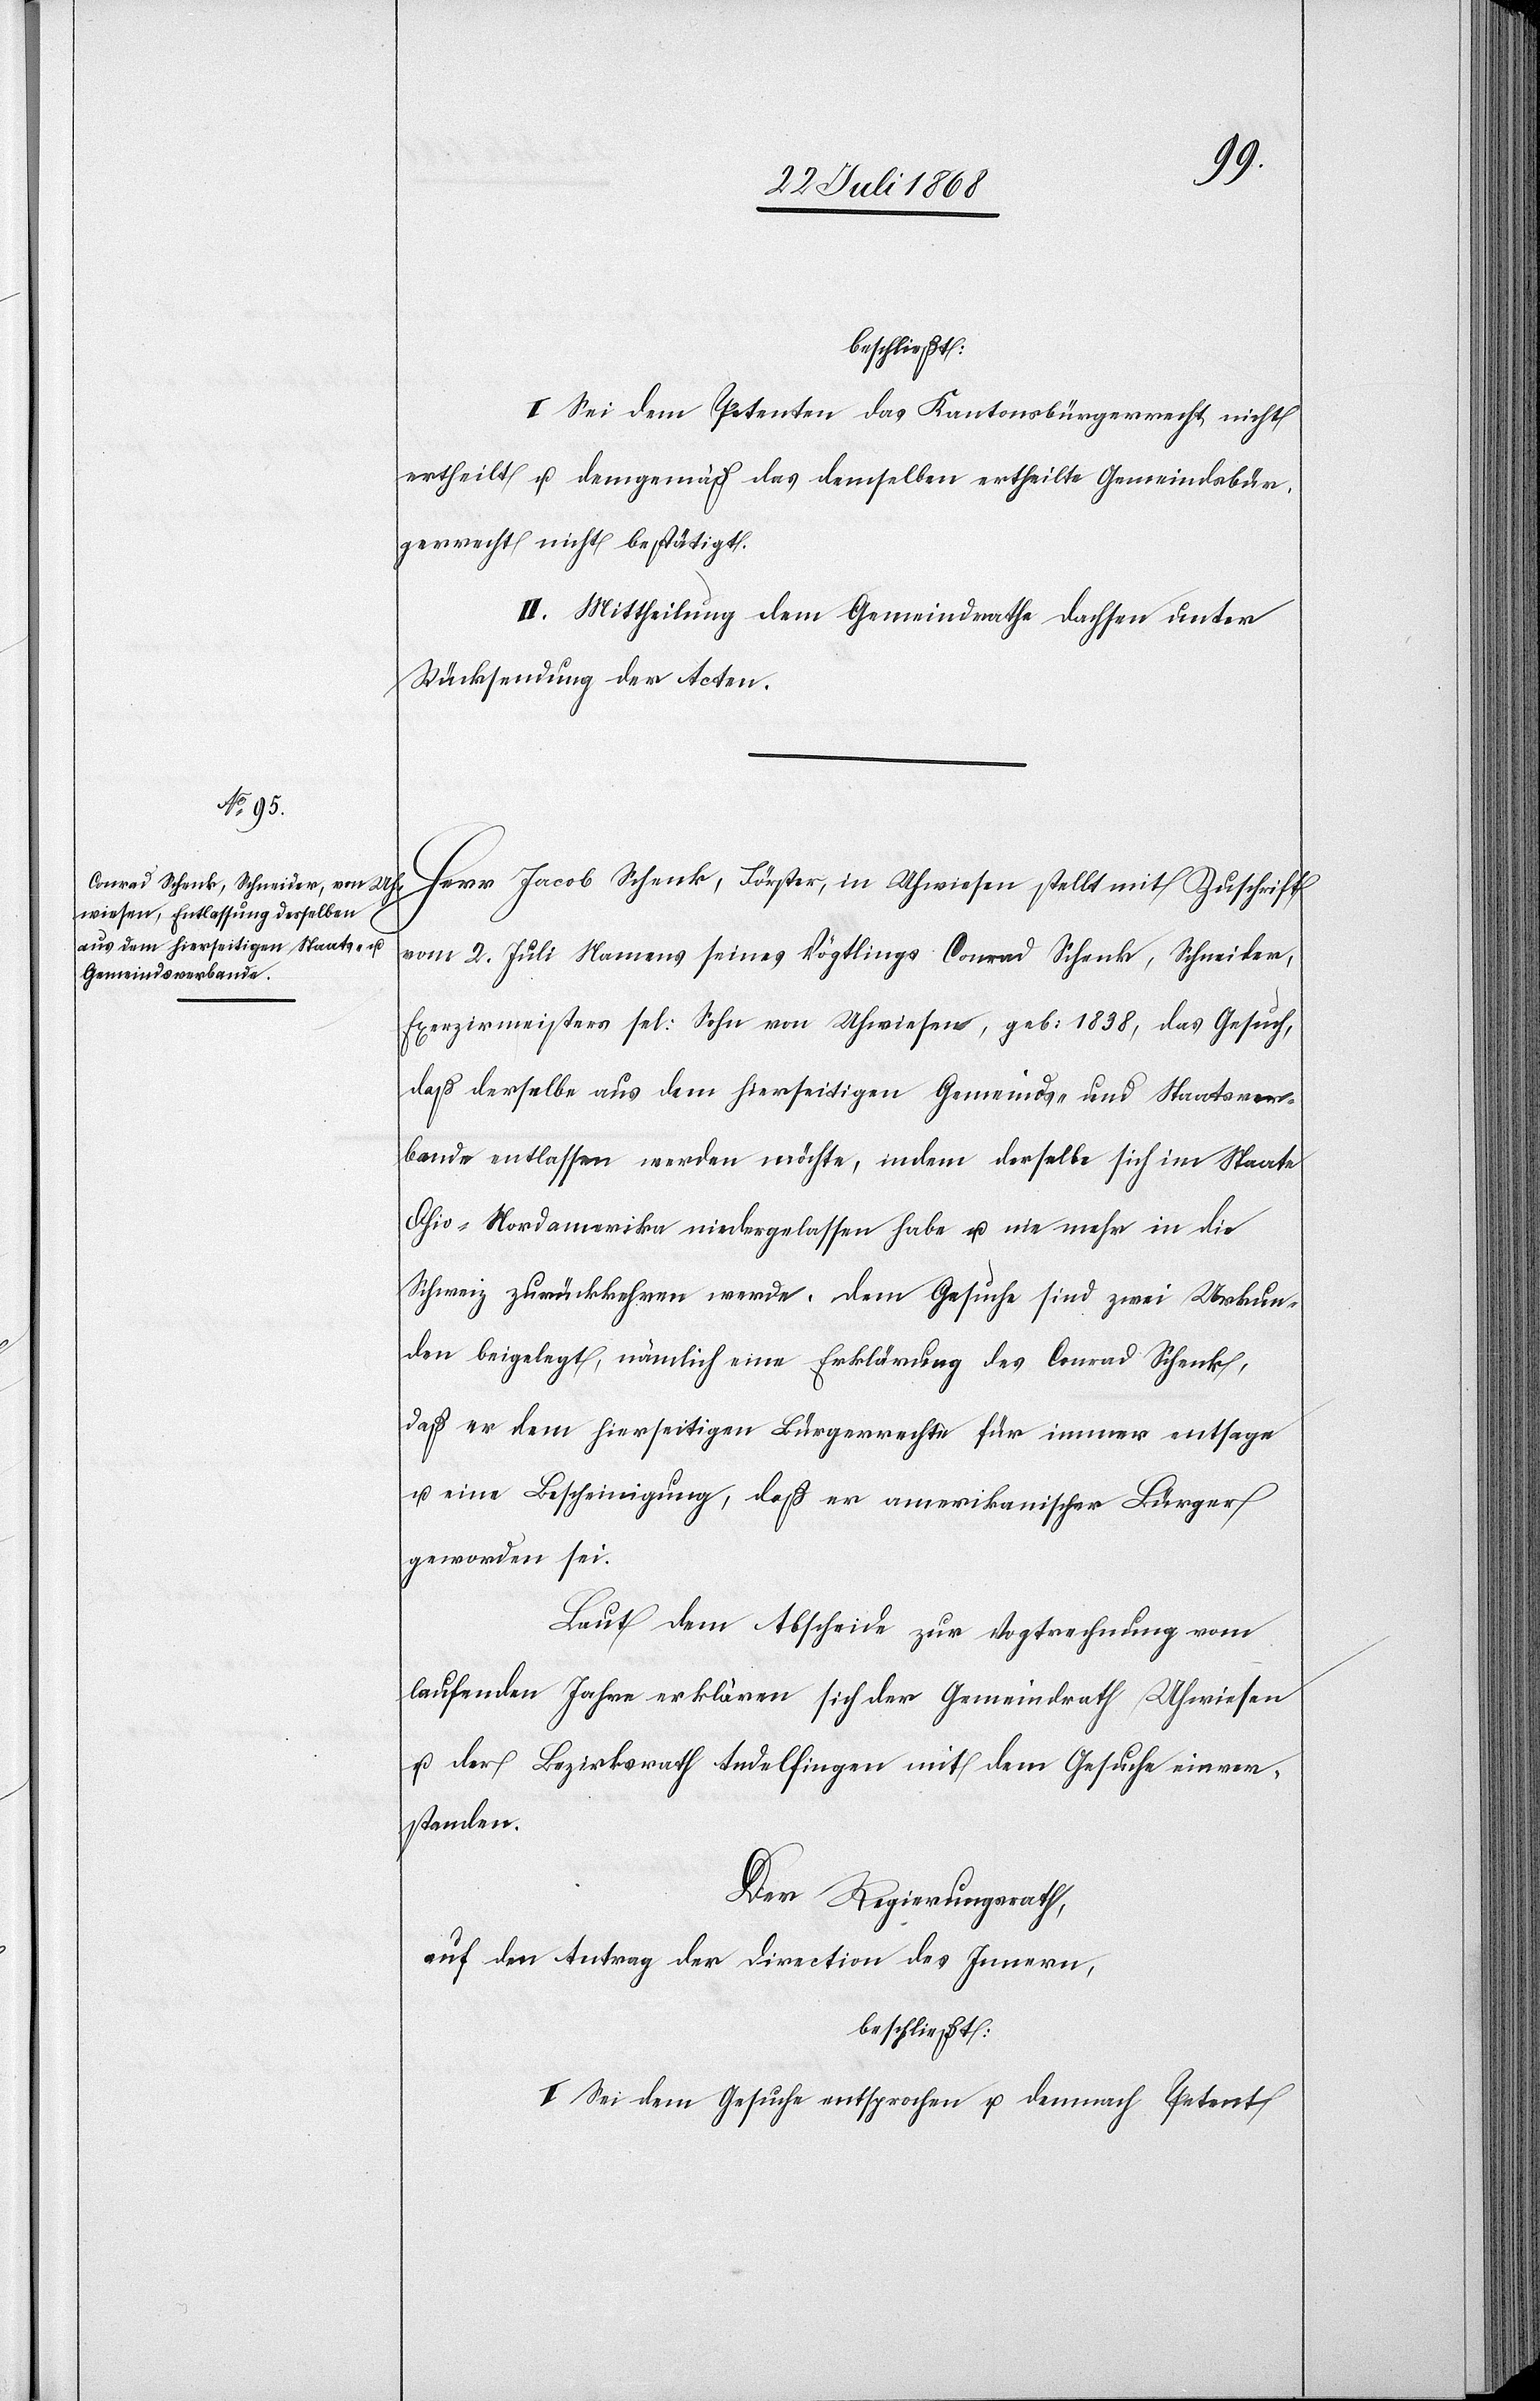
I. Sei dem Petenten das Kantonsbürgerrecht nicht
ertheilt u. demgemäß das demselben ertheilte Gemeindsbür¬
gerrecht nicht bestätigt.
II. Mittheilung dem Gemeindrathe Dachsen unter
Rücksendung der Acten.
Herr Jacob Schenk, Förster, in Uhwiesen stellt mit Zuschrift
vom 2. Juli Namens seines Vögtlings Conrad Schenk, Schneider,
Exerzirmeisters sel: Sohn von Uhwiesen, geb: 1838, das Gesuch,
daß derselbe aus dem hierseitigen Gemeinds- und Staatsver¬
bande entlassen werden möchte, indem derselbe sich im Staate
Ohio - Nordamerika niedergelassen habe u. nie mehr in die
Schweiz zurückkehren werde. Dem Gesuche sind zwei Urkun¬
den beigelegt, nämlich eine Erklärung des Conrad Schenk,
daß er dem hierseitigen Bürgerrechte für immer entsage
u. eine Bescheinigung, daß er amerikanischer Bürger
geworden sei.
Laut dem Abscheide zur Vogtrechnung vom
laufenden Jahre erklären sich der Gemeindrath Uhwiesen
u. der Bezirksrath Andelfingen mit dem Gesuche einver¬
standen.
Der Regierungsrath,
auf den Antrag der Direction des Innern,
beschließt:
I. Sei dem Gesuche entsprochen u. demnach Petent